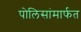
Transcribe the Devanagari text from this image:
पोलिसांमार्फत